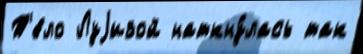
Т'е́ло Луjизой наткну́лась так